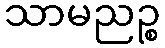
သာမညဉ္စ